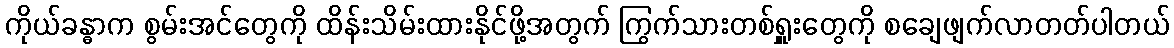
ကိုယ်ခန္ဓာက စွမ်းအင်တွေကို ထိန်းသိမ်းထားနိုင်ဖို့အတွက် ကြွက်သားတစ်ရှူးတွေကို စချေဖျက်လာတတ်ပါတယ်